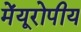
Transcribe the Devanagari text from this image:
मेंयूरोपीय